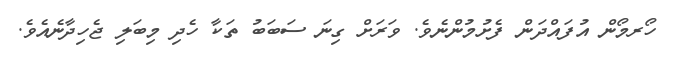
ހޯރމޯން އުފައްދަން ފެށުމުންނެވެ. ވަރަށް ގިނަ ސަބަބު ތަކާ ހެދި މިބަލި ޖެހިދާނެއެވެ.